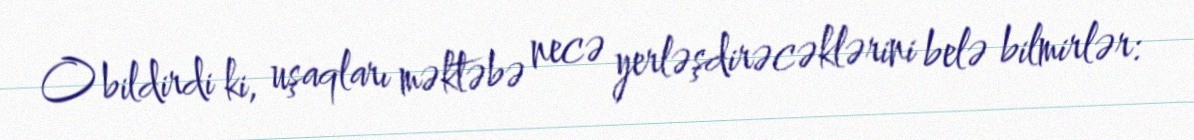
O bildirdi ki, uşaqları məktəbə necə yerləşdirəcəklərini belə bilmirlər: